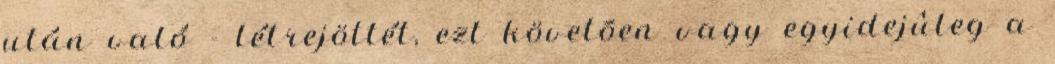
után való - létrejöttét, ezt követõen vagy egyidejûleg a